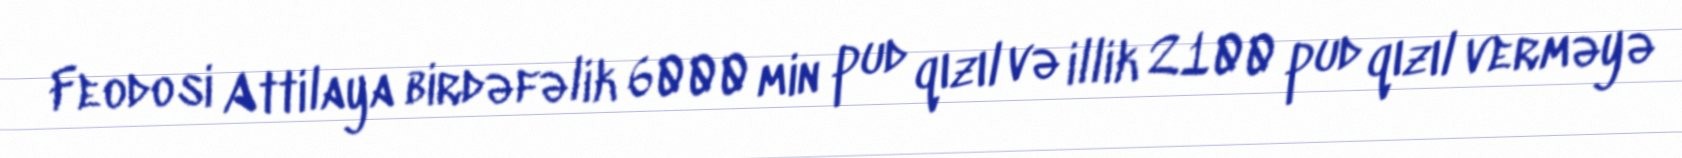
Feodosi Attilaya birdəfəlik 6000 min pud qızıl və illik 2100 pud qızıl verməyə